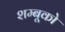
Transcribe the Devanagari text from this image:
शम्बूको